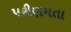
પરીણમતા